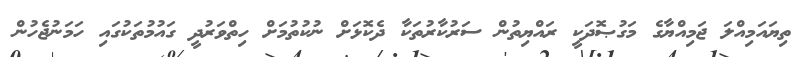
ތިޔައަމިއްލަ ޖަމިއްޔާގެ މަގުޞޮދަކީ ރައްޔިތުން ސަރުކާރުތަކާ ދެކޮޅަށް ނުކުތުމަށް ހިތްވަރުދީ ގައުމުތަކުގައި ހަމަނުޖެހުން